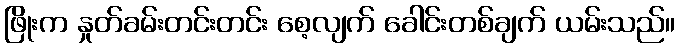
ဖြိုးက နှုတ်ခမ်းတင်းတင်း စေ့လျက် ခေါင်းတစ်ချက် ယမ်းသည်။